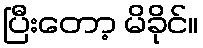
ပြီးတော့ မိခိုင်။